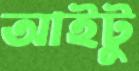
আইটু